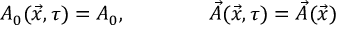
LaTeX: A _ { 0 } ( \vec { x } , \tau ) = A _ { 0 } , \qquad \qquad \vec { A } ( \vec { x } , \tau ) = \vec { A } ( \vec { x } )